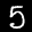
Label: 5